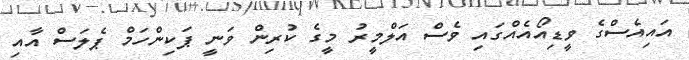
އައިއެސްގެ ވީޑިއޯއެއްގައި ވެސް އަލްމީރު މީގެ ކުރިން ވަނީ ޕަކިންހަމް ޕެލަސް އާއި